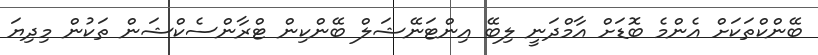
ބޭންކްތަކަށް އެންމެ ބޮޑަށް އާމްދަނީ ލިބޭ އިންޓަނޭޝަލް ބޭންކިން ޓްރާންސެކްޝަން ތަކުން މިދިޔަ